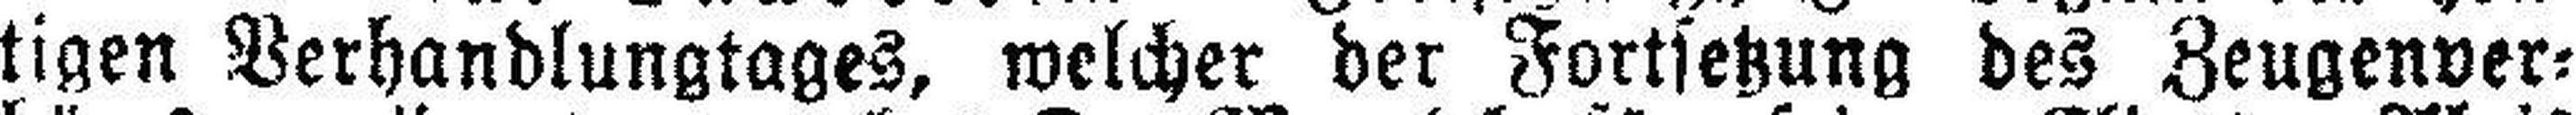
tigen Verhandlungtages, welcher der Fortsetzung des Zeugenver¬